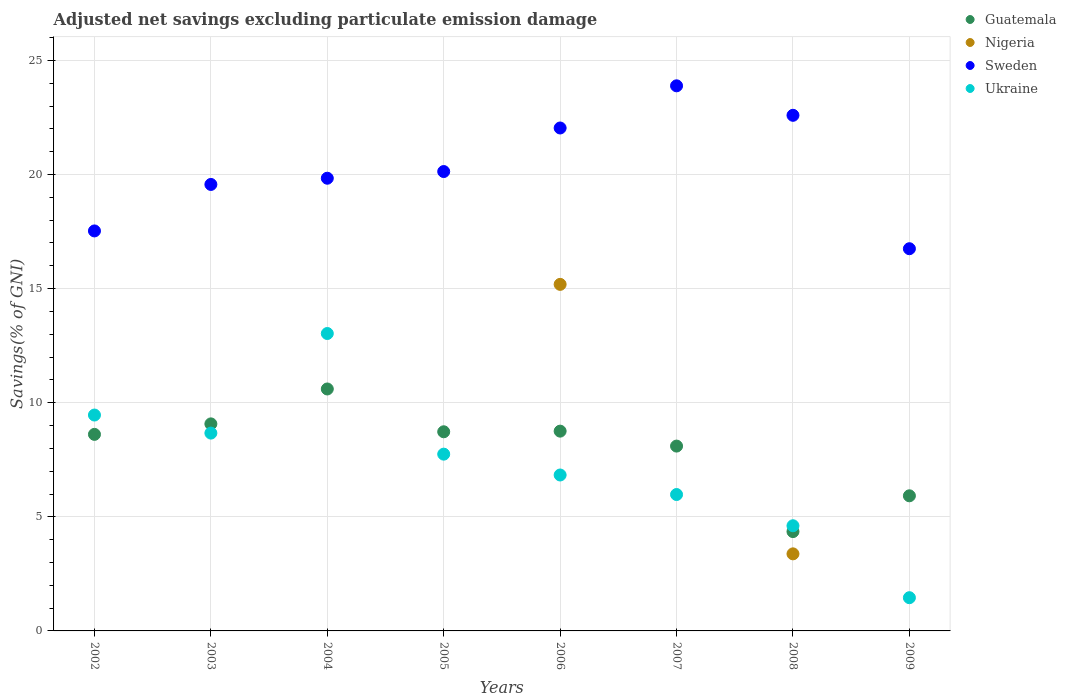
| Years | Guatemala | Nigeria | Sweden | Ukraine |
 | --- | --- | --- | --- | --- |
 | 2002 | 8.61 | -12.3 | 17.5 | 9.46 |
 | 2003 | 9.07 | -19.3 | 19.6 | 8.67 |
 | 2004 | 10.6 | -13.9 | 19.8 | 13 |
 | 2005 | 8.73 | -7.33 | 20.1 | 7.75 |
 | 2006 | 8.75 | 15.2 | 22 | 6.83 |
 | 2007 | 8.1 | -6.43 | 23.9 | 5.98 |
 | 2008 | 4.35 | 3.38 | 22.6 | 4.61 |
 | 2009 | 5.92 | -3.67 | 16.7 | 1.46 |